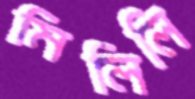
মিলিলি